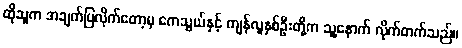
ထိုသူက အချက်ပြလိုက်တော့မှ ကေသွယ်နှင့် ကျန်လူနှစ်ဦးတို့က သူ့နောက် လိုက်တက်သည်။